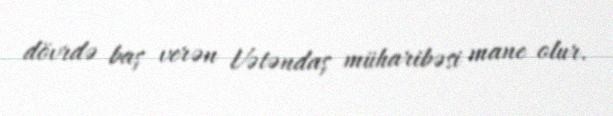
dövrdə baş verən Vətəndaş müharibəsi mane olur.